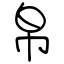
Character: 帛